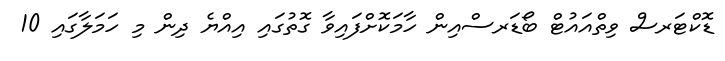
ޑޮކްޓަރސް ވިތްއައުޓް ބޯޑަރސްއިން ހާމަކޮށްފައިވާ ގޮތުގައި އިއްޔެ ދިން މި ހަމަލާގައި 10